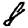
Digit: 8